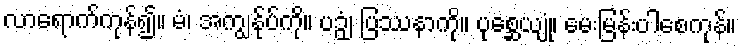
လာရောက်ကုန်၍။ မံ၊ အကျွန်ုပ်ကို။ ပဉှံ၊ ပြဿနာကို။ ပုစ္ဆေယျုံ၊ မေးမြန်းပါစေကုန်။